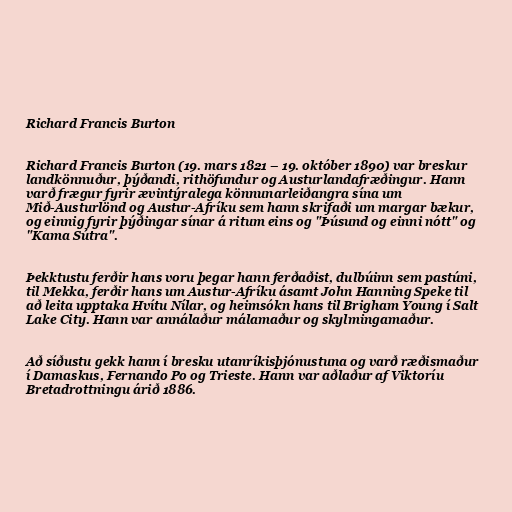
Richard Francis Burton

Richard Francis Burton (19. mars 1821 – 19. október 1890) var breskur
landkönnuður, þýðandi, rithöfundur og Austurlandafræðingur. Hann
varð frægur fyrir ævintýralega könnunarleiðangra sína um
Mið-Austurlönd og Austur-Afríku sem hann skrifaði um margar bækur,
og einnig fyrir þýðingar sínar á ritum eins og "Þúsund og einni nótt" og
"Kama Sútra".

Þekktustu ferðir hans voru þegar hann ferðaðist, dulbúinn sem pastúni,
til Mekka, ferðir hans um Austur-Afríku ásamt John Hanning Speke til
að leita upptaka Hvítu Nílar, og heimsókn hans til Brigham Young í Salt
Lake City. Hann var annálaður málamaður og skylmingamaður.

Að síðustu gekk hann í bresku utanríkisþjónustuna og varð ræðismaður
í Damaskus, Fernando Po og Trieste. Hann var aðlaður af Viktoríu
Bretadrottningu árið 1886.